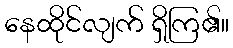
နေထိုင်လျက် ရှိကြ၏။